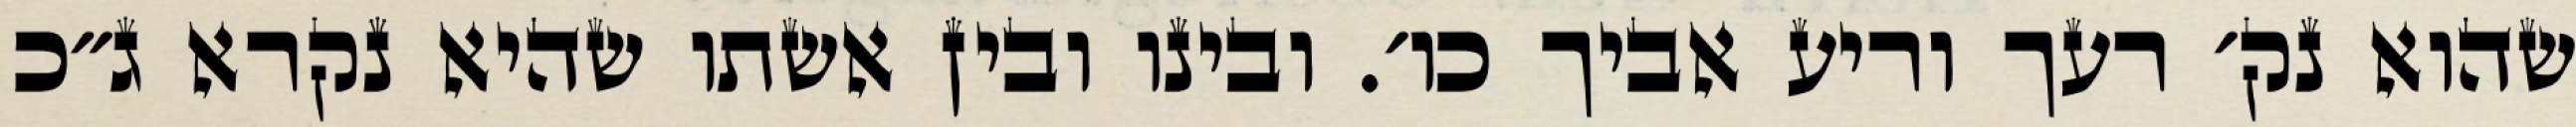
שהוא נק׳ רעך וריע אביך כו׳. ובינו ובין אשתו שהיא נקרא ג״כ